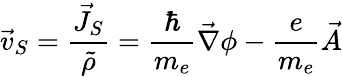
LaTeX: \vec{v}_{S}=\frac{\vec{J}_{S}}{\tilde{\rho}}=\frac{\hbar}{m_{e}}\vec{\nabla}\phi-\frac{e}{m_{e}}\vec{A}